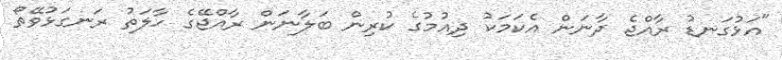
"އަޅުގަނޑު ރާއްޖެ ދާނަން އެކަމަކު ދިއުމުގެ ކުރިން ބަލާނަން ރާއްޖޭގެ ހާލަތު ރަނގަޅުވޭތޯ